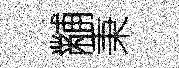
黼秉